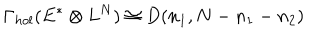
LaTeX: \Gamma _ { h o l } ( E ^ { * } \otimes L ^ { N } ) \cong D ( n _ { 1 } , N - n _ { 1 } - n _ { 2 } )